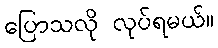
ပြောသလို လုပ်ရမယ်။